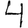
Digit: 4